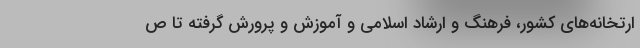
ارتخانه‌های کشور، فرهنگ و ارشاد اسلامی و آموزش و پرورش گرفته تا ص